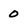
Character: 0